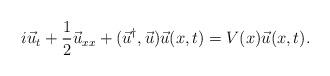
LaTeX: \begin{align*}i\vec{u}_t + \frac{1}{2} \vec{u}_{xx} +(\vec{u}^\dag, \vec{u}) \vec{u}(x,t)= V(x)\vec{u}(x,t).\end{align*}